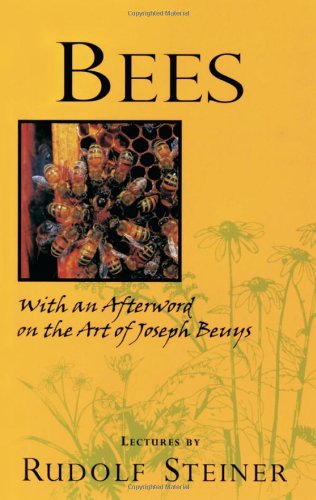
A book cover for Bees; Rudolf Steiner; Religion & Spirituality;